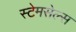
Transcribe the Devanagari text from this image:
स्टेमसेल्स